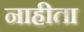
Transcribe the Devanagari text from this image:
नाहीता